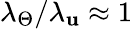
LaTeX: \lambda_{\Theta}/\lambda_{\mathbf{u}}\approx1